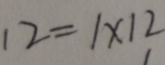
1 2 = 1 \times 1 2